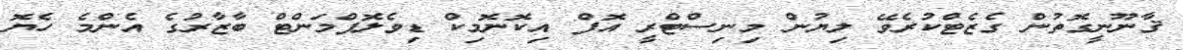
ޤާނޫނީގޮތުން ގެޒެޓްކުރެވޭ ލިޔުން މިނިސްޓްރީ އޮފް އިކޮނޮމިކް ޑިވެލޮޕްމަންޓް ބާޒާރުގެ އެންމެ ހެޔޮ